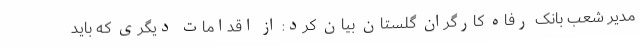
مدیر شعب بانک رفاه کارگران گلستان بیان کرد: از اقدامات دیگری که باید